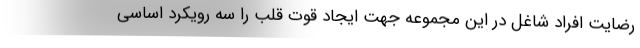
رضایت افراد شاغل در این مجموعه جهت ایجاد قوت قلب را سه رویکرد اساسی